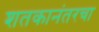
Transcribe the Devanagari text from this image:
शतकानंतरचा